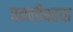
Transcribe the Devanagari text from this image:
पळतीवरचा